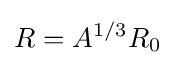
R=A^{1/3}R_{0}